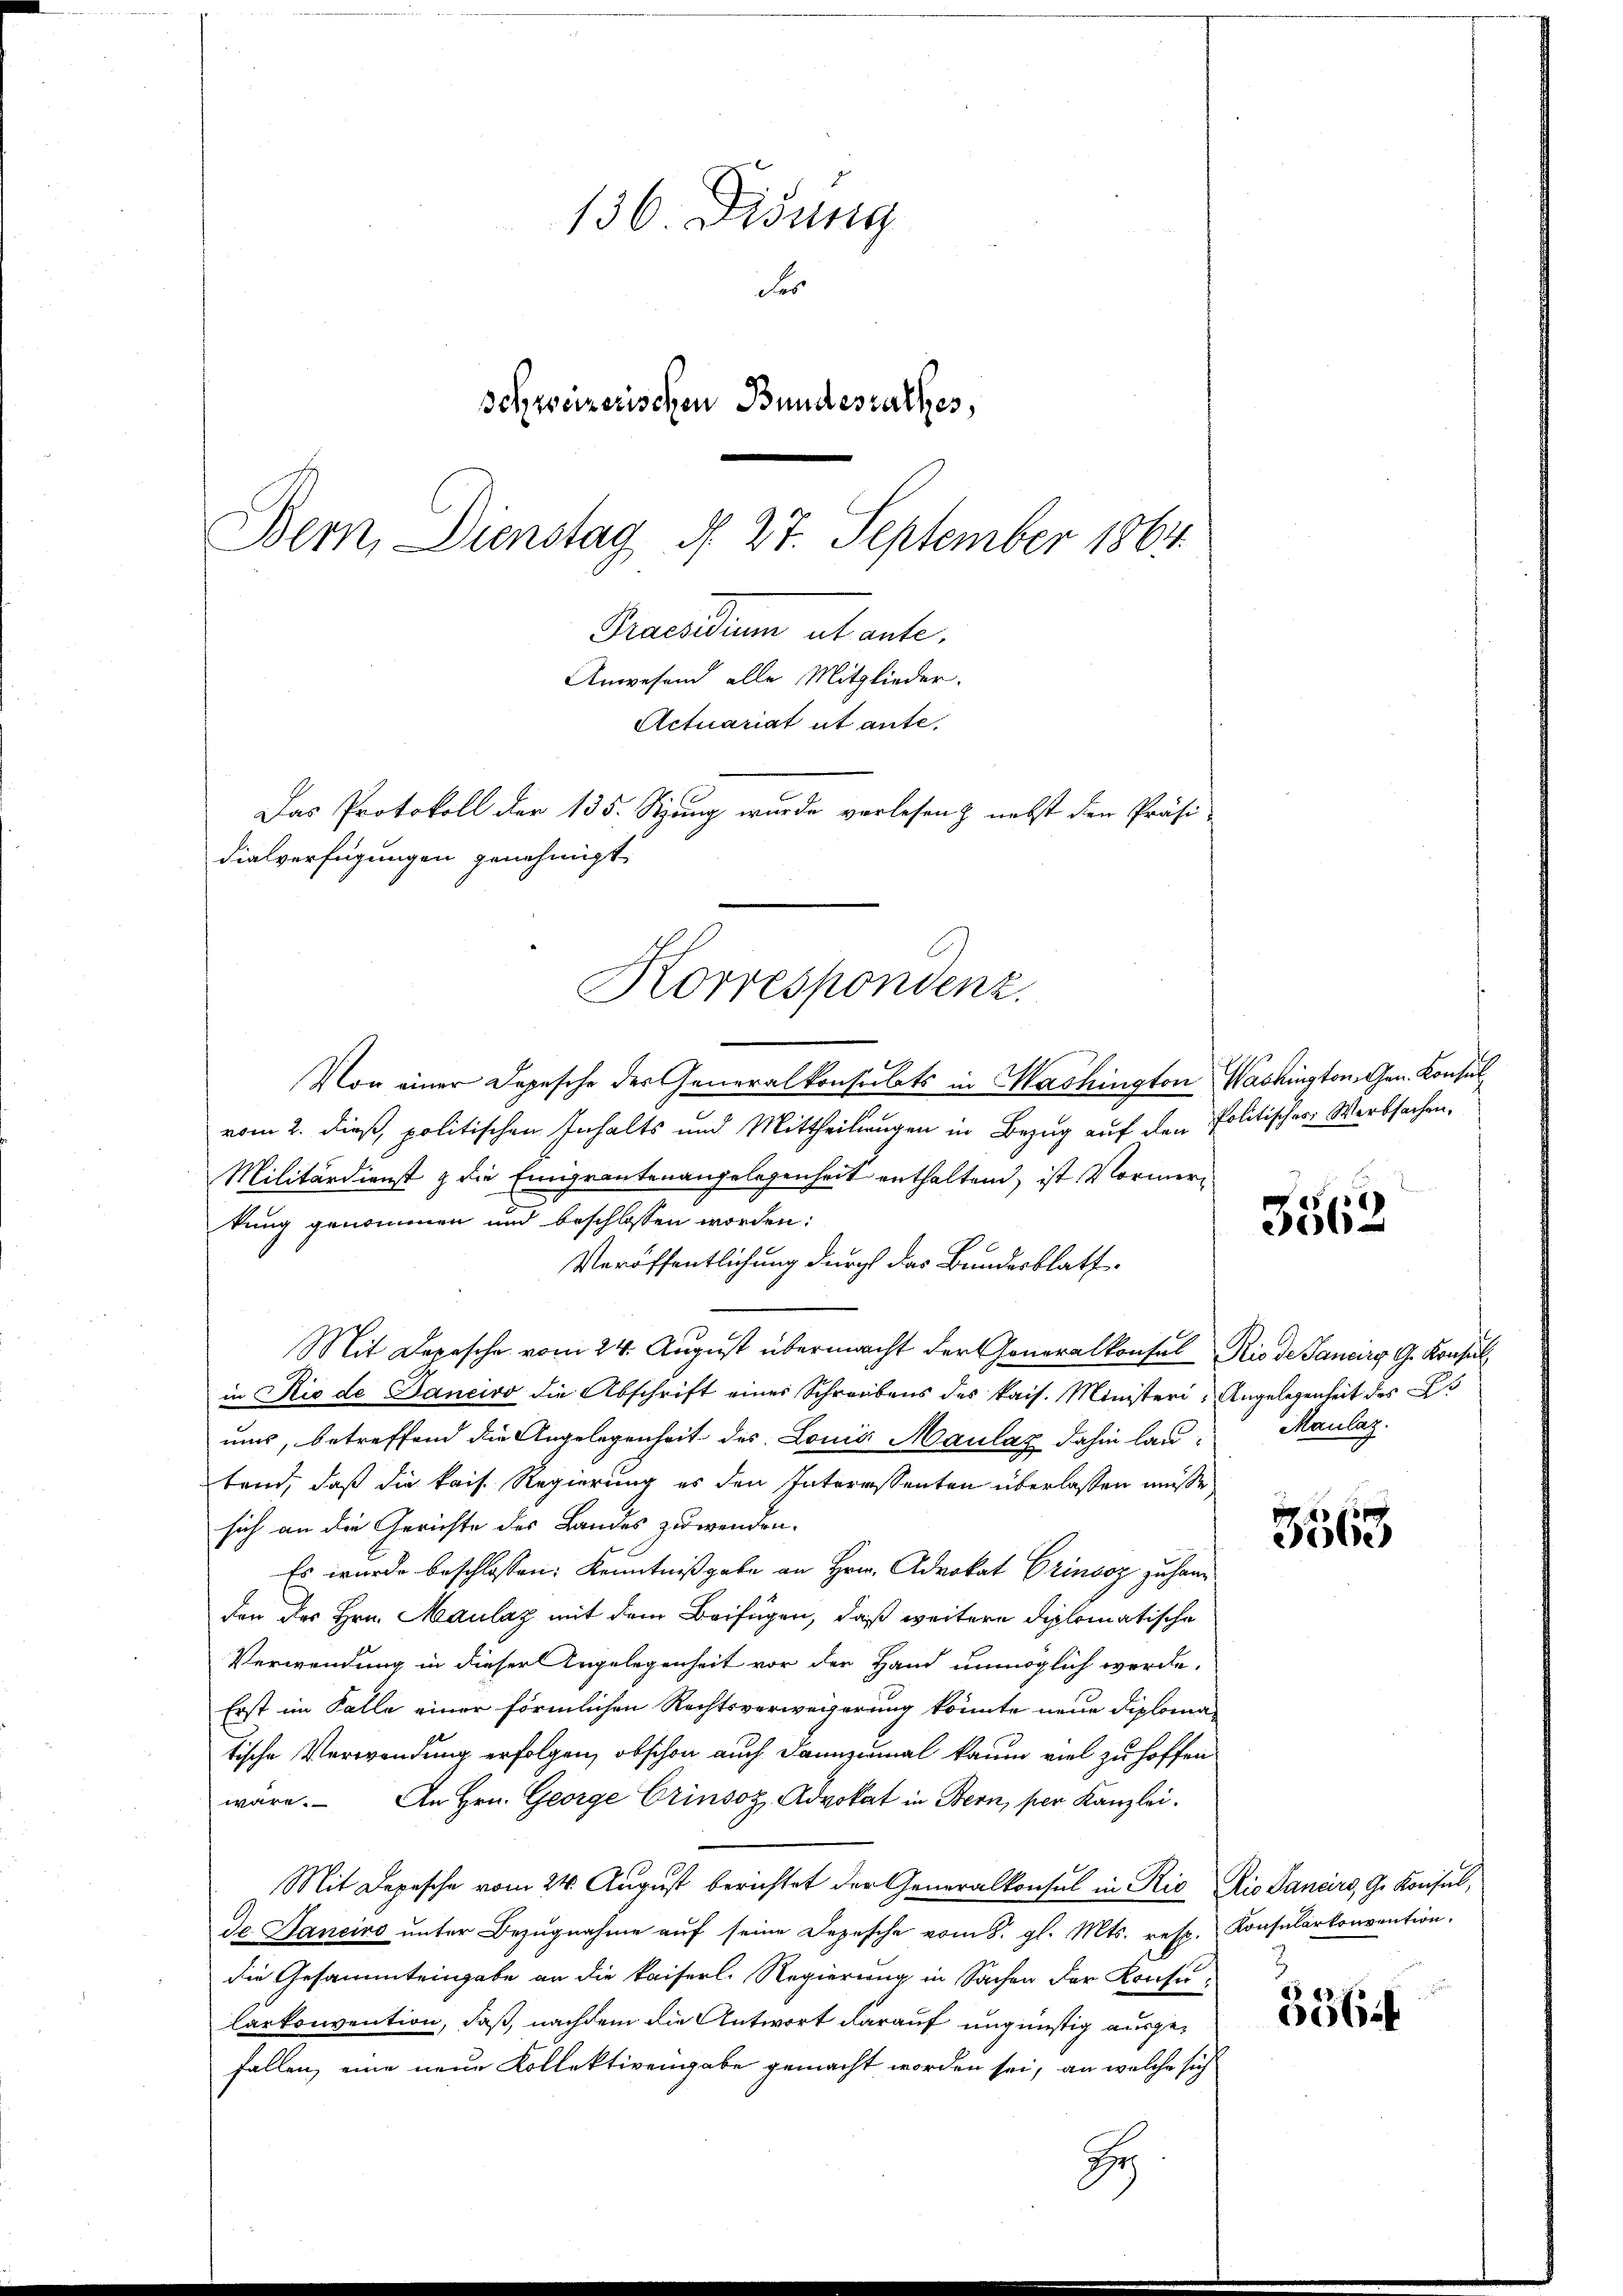
136. Didung
de
schweizerischen Bundesrathes,
Bern, Dienstag d. 27. September 1864
Praesidium ut ante.
Anwesend alle Mitglieder.
Actuariat ut ante,
Das Protokoll der 135. Sitzung wurde verlesen & nebst den Präsi-
dialverfügungen genehmigt.

Korrespondenz.

H

Von einer Depesche der Generalkonsulats in Washington Washington, Gen. Konsul
vom 2. dieß, politischen Inhalts und Mittheilungen in Bezug auf den Politisches Werbsachen.
Militärdienst & die Emigrantenangelegenheit enthaltend, ist Vormerkung genommen und beschlossen worden:
Veröffentlichung durch das Bundesblatt
Mit Depesche vom 24. August übermacht der Generalkonsul Rio de Sancirs G. Konsul
in Rio de Dancivo die Abschrift eines Schreibens des kais. Ministeri, Angelegenheit des B
uns, betreffend die Angelegenheit des Lonia Maulas dahin lautend, daß die kais. Regierung es den Interessanten überlassen müsse,
sich an die Gerichte des Landes zuwenden.
Es wurde beschlossen: Kenntnißgabe an Hrn. Advokat Grindoz zu handen des Hrn. Maulaz mit dem Beifügen, daß weitere diplomatische
Verwendung in dieser Angelegenheit vor der Hand unmöglich werde.
Erst im Falle einer förmlichen Rechtsverweigerung könnte neue Diploma-
tische Verwendung erfolgen, obschon auch dannzumal kaum viel zu hoffen
wäre. An Hrn. George Crinsoz. Advokat in Bern, per Kanzlei.
Mit Depesche vom 24. August berichtet der Generalkonsul in Rio Rio Sancirs, G. Konsul,
de Haneiro unter Bezugnahme auf seine Depesche vom 8. gl. Mts. resp.
die Gesammteingabe an die kaiserl. Regierung in Sachen der Konsu¬
Carkonvention, daß, nachdem die Antwort darauf ungünstig ausgefallen, eine neue Kollektivengabe gemacht worden sei, an welche sich

3562

Maulaz.

3563

Konsularkonvention.

4
006.